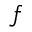
f